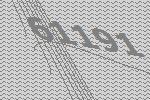
61191